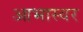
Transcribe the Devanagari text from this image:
आभास्वर